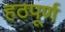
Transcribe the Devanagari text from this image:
हठपूर्ण